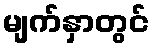
မျက်နှာတွင်